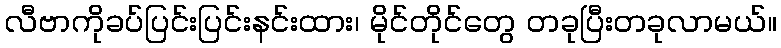
လီဗာကိုခပ်ပြင်းပြင်းနင်းထား၊ မိုင်တိုင်တွေ တခုပြီးတခုလာမယ်။